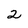
Character: 2